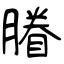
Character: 膡